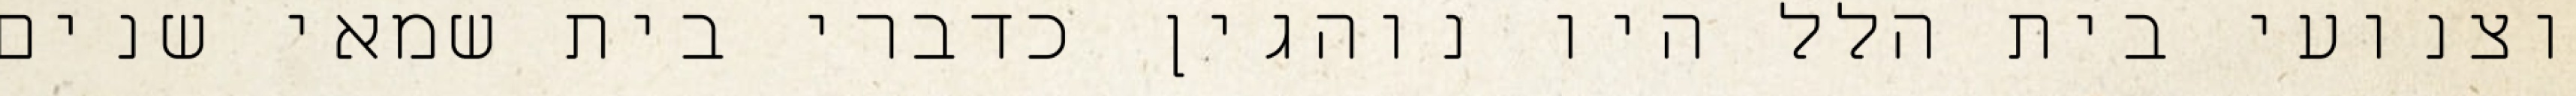
וצנועי בית הלל היו נוהגין כדברי בית שמאי שנים